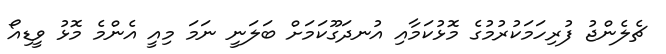
ޗެލެންޖު ފުރިހަމަކުރުމުގެ މޮޅުކަމާއި އުނދަގޫކަމަށް ބަލަނީ ނަމަ މިއީ އެންމެ މޮޅު ވީޑިއޯ